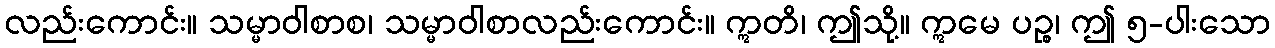
လည်းကောင်း။ သမ္မာဝါစာစ၊ သမ္မာဝါစာလည်းကောင်း။ ဣတိ၊ ဤသို့။ ဣမေ ပဉ္စ၊ ဤ ၅-ပါးသော